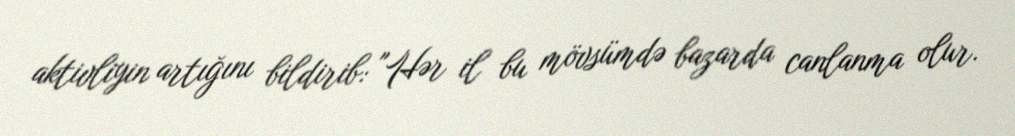
aktivliyin artığını bildirib: "Hər il bu mövsümdə bazarda canlanma olur.